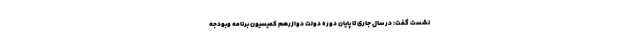
نشست گفت: در سال جاری تا پایان دوره دولت دوازرهم کمیسیون برنامه وبودجه